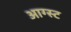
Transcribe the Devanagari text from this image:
आग्‍स्‍ट